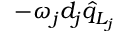
- \omega _ { j } d _ { j } \hat { q } _ { L _ { j } }